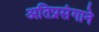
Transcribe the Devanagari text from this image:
अतिप्रसंगाने